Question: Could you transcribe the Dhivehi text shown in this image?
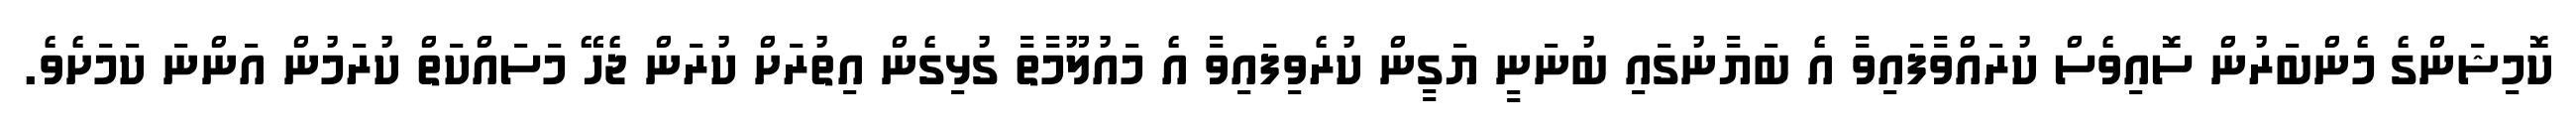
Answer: ކޮމިޝަންގެ މެންބަރުން ސޮއިވެސް ކުރައްވާފައިވާ އެ ބަޔާނުގައި ބުނަނީ ޔަގީން ކުރެވިފައިވާ އެ މައުލޫމާތާ ގުޅިގެން އިތުރަށް ކުރަން ޖެހޭ މަސައްކަތް ކުރަމުން އަންނަ ކަމަށެވެ.